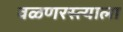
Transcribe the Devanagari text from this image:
वळणरस्त्याला